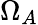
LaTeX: \Omega_{A}